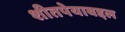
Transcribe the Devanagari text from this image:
शीतपेयाबद्दल